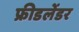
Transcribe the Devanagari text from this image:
फ्रीडलेंडर